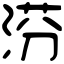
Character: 𣶼